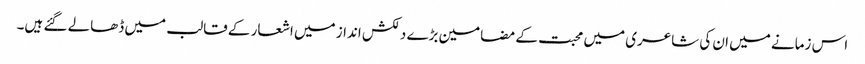
اس زمانے میں ان کی شاعری میں محبت کے مضامین بڑے دلکش انداز میں اشعار کے قالب میں ڈھالے گئے ہیں۔